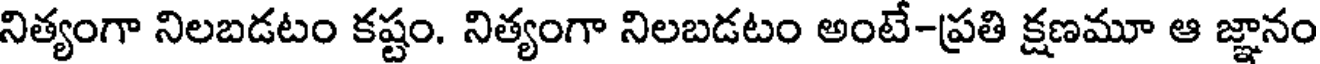
నిత్యంగా నిలబడటం కష్టం. నిత్యంగా నిలబడటం అంటే-ప్రతి క్షణమూ ఆ జ్ఞానం